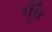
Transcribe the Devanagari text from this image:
धुँये